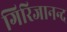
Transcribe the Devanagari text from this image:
गिरिजानन्द